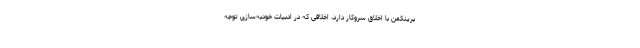
برینکمن با اخلاق سروکار دارد، اخلاقی که در ادبیات خودبه‌سازی توجه